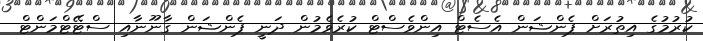
ކުރުމުގެ އިތުރަށް ޕެންޝަން އެސެޓް އިންވެސްޓް ކުރެވެމުން ދަނީ ޕެންޝަން ގާނޫނާއި ސްޓޭޓްމަންޓް